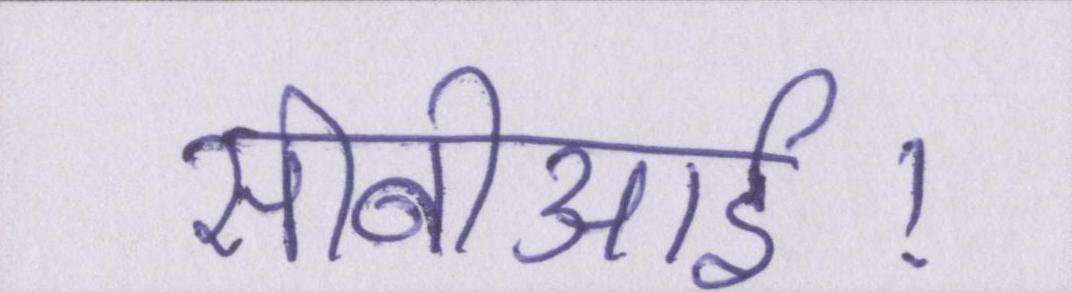
सीबीआई।